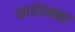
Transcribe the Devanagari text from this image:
फायेदमन्द